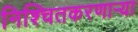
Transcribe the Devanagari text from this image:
निश्चितकरणाऱ्या